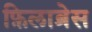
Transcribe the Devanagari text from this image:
फ़िलाब्रेस